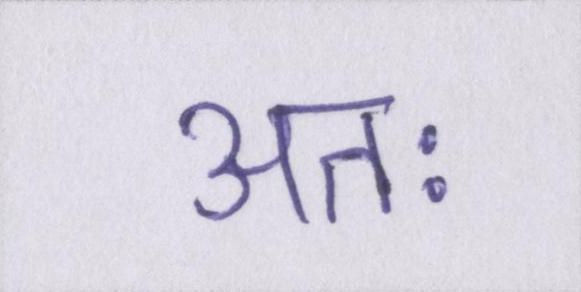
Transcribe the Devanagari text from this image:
अतः